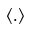
\langle . \rangle